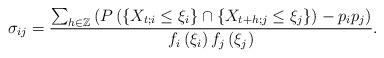
LaTeX: \begin{align*}\sigma _{ij}=\dfrac{\sum_{h\in \mathbb{Z}}\left( P\left( \left\{ X_{t;i}\leq \xi _{i}\right\} \cap \left\{X_{t+h;j}\leq \xi _{j}\right\} \right) -p_{i}p_{j}\right) }{f_{i}\left( \xi_{i}\right) f_{j}\left( \xi _{j}\right) }.\end{align*}